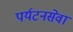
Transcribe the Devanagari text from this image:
पर्यटनसेवा